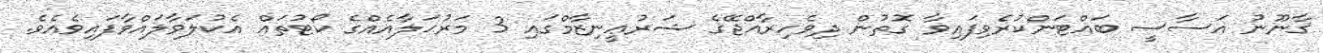
ޤާނޫނު އަސާސީ ބައްޓަންކުރެވިފައިވާ ގޮތުން ދިވެހިރާއްޖޭގެ ޝަރުޢީނިޒާމްގައި 3 މަރުޙަލާއެއްގެ ކޯޓުތައް އެކުލަވާލައްވާފައިވެއެވެ.